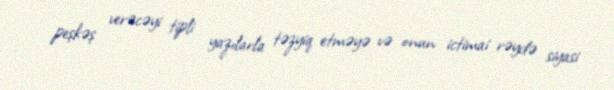
peşkəş verəcəyi tipli yazılarla təzyiq etməyə və onun ictimai rəydə siyasi